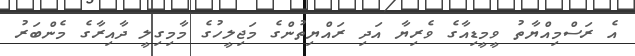
އެ ރަސްމިއްޔާތު ވީމީޑިއާގެ ވެރިޔާ އަދި ރައްޔިތުންގެ މަޖިލީހުގެ މާމިގިލީ ދާއިރާގެ މެންބަރު